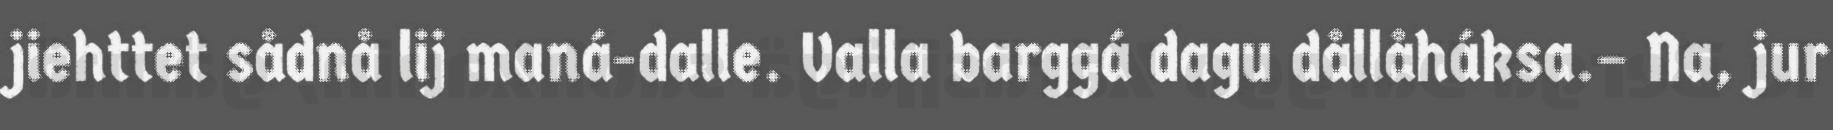
jiehttet sådnå lij maná-dalle. Valla barggá dagu dållåháksa.– Na, jur